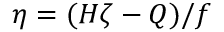
\eta = ( H \zeta - Q ) / f